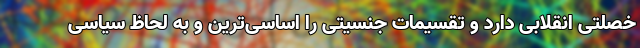
خصلتی انقلابی دارد و تقسیمات جنسیتی را اساسی‌ترین و به لحاظ سیاسی